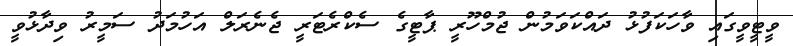
ވީޓީވީގައި ވާހަކަފުޅު ދައްކަވަމުން ޖުމްހޫރީ ޕާޓީގެ ސެކްރެޓަރީ ޖެނެރަލް އަހުމަދު ސަމީރު ވިދާޅުވީ